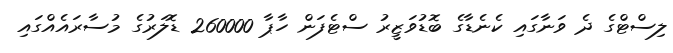
ލިސްޓްގެ ދެ ވަނާގައި ކެނެޑާގެ ބޮޑުވަޒީރު ސްޓެފަން ހާޕާ 260000 ޑޮލަރުގެ މުސާރައެއްގައި